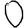
Digit: 0